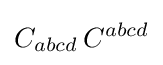
C_{abcd}\,C^{abcd}